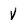
Character: V